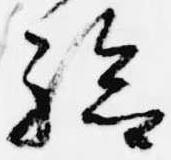
験